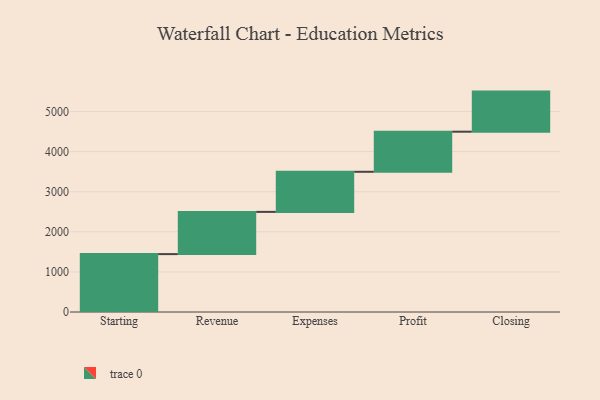
{"axis": {"x": "Step", "y": "Value"}, "legend": [""], "data": [{"x": "Starting", "y": 1444.0, "type": ""}, {"x": "Revenue", "y": 1053.0, "type": ""}, {"x": "Expenses", "y": 1000, "type": ""}, {"x": "Profit", "y": 1000, "type": ""}, {"x": "Closing", "y": 1000, "type": ""}]}